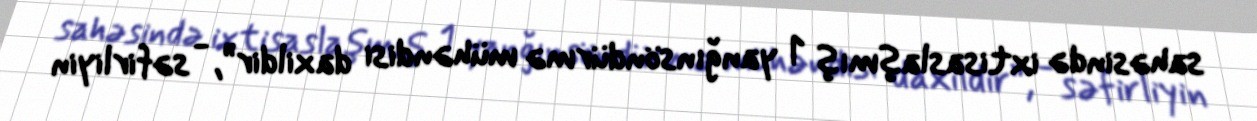
sahəsində ixtisaslaşmış 1 yanğınsöndürmə mühəndisi daxildir”, - səfirliyin